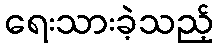
ရေးသားခဲ့သည့်